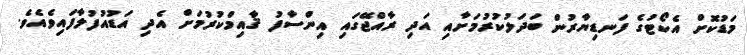
މަޑުކޮށް އެކޯޓުގެ ފަނޑިޔާރުން ބަދަލުކުރުމަށާއި އަދި ރާއްޖޭގައި އިންސާފު ޤާއިމްކުރުމަށް އެދި އަޑުއުފުލާފައިވެއެވެ.